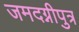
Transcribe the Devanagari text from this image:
जमदग्नीपुत्र